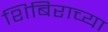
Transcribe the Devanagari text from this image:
शिबिराच्या